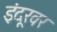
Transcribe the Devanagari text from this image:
इंदूरवर